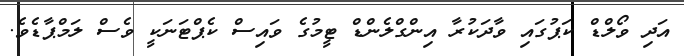
އަދި ވޯލްޑް ކަޕުގައި ވާދަކުރާ އިންގްލެންޑް ޓީމުގެ ވައިސް ކެޕްޓަނަކީ ވެސް ލަމްޕާޑެވެ.